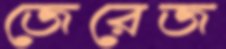
জেরেজ